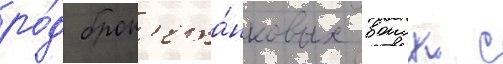
ро́д брон'ета́нковых воиск с